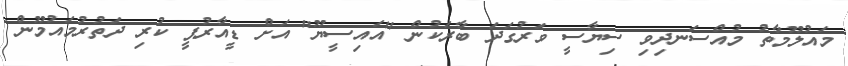
މައުލޫމާތު މުއްސަނދިވި ސިޔާސީ ވަރުގަދަ ބާރަކުން "އައިސީޔޫ" އަށް ޑީއާރުޕީ ކުރި ދަތުރުމައުމޫން